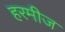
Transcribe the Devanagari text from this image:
हरमीज